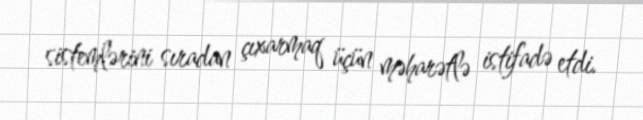
sistemlərini sıradan çıxarmaq üçün məharətlə istifadə etdi.